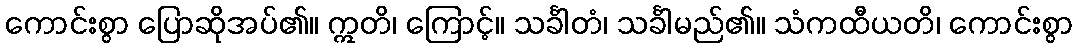
ကောင်းစွာ ပြောဆိုအပ်၏။ ဣတိ၊ ကြောင့်။ သင်္ခါတံ၊ သင်္ခါမည်၏။ သံကထီယတိ၊ ကောင်းစွာ